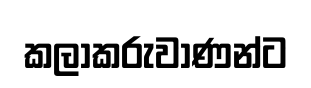
කලාකරුවාණන්ට